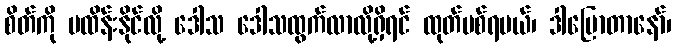
စိတ်ကို မထိန်းနိုင်လို့ ဒေါသ ဒေါသထွက်လာလို့ရှိရင် ထုတ်ပစ်ရမယ်၊ ဒါပြောတာနော်၊